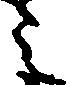
之